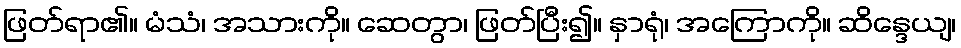
ဖြတ်ရာ၏။ မံသံ၊ အသားကို။ ဆေတွာ၊ ဖြတ်ပြီး၍။ နှာရုံ၊ အကြောကို။ ဆိန္ဒေယျ၊